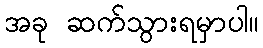
အခု ဆက်သွားရမှာပါ။